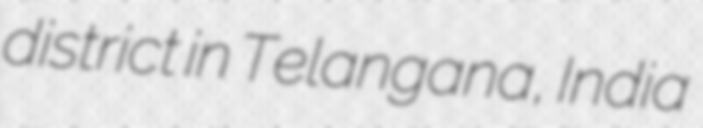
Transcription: district in Telangana, India